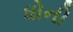
ધોની